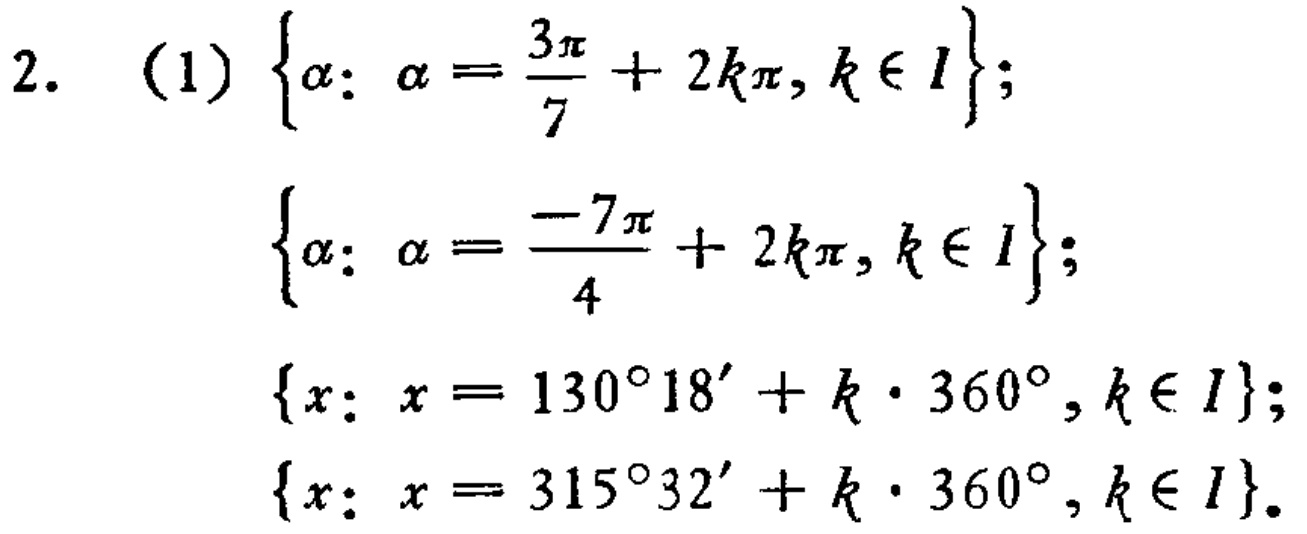
2. (1) \(\left\{\alpha: \alpha = \frac{3\pi}{7}+2k\pi, k\in I\right\}\);
\(\left\{\alpha: \alpha = \frac{-7\pi}{4}+2k\pi, k\in I\right\}\);
\(\left\{x: x = 130^{\circ}18'+k\cdot360^{\circ}, k\in I\right\}\);
\(\left\{x: x = 315^{\circ}32'+k\cdot360^{\circ}, k\in I\right\}\)